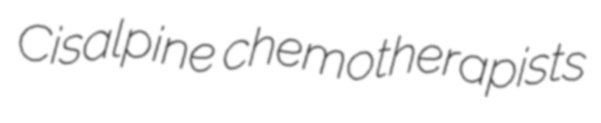
Cisalpine chemotherapists